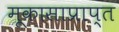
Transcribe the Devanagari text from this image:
मूकासाप्राप्त